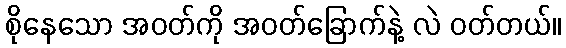
စိုနေသော အဝတ်ကို အဝတ်ခြောက်နဲ့ လဲ ဝတ်တယ်။